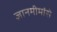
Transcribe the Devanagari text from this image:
ज्ञानमीमांसे